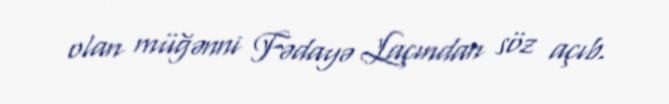
olan müğənni Fədayə Laçından söz açıb.